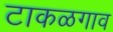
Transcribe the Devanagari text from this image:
टाकळगाव